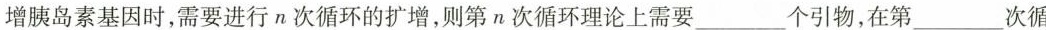
增胰岛素基因时，需要进行n次循环的扩增，则第n次循环理论上需要___个引物，在第___次循